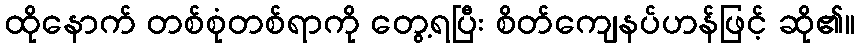
ထိုနောက် တစ်စုံတစ်ရာကို တွေ့ရပြီး စိတ်ကျေနပ်ဟန်ဖြင့် ဆို၏။